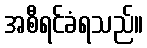
အစီရင်ခံရသည်။